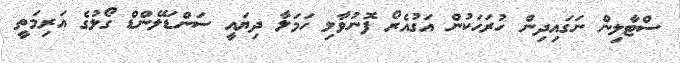
ސްޓާލިން ނަގައިދިން ހުރަހަކުން އަގުއެރޯ ފޮނުވާލި ހަމަލާ ދިޔައީ ސަންޑަލޭންޑް ގޯލުގެ އަރިމަތީ